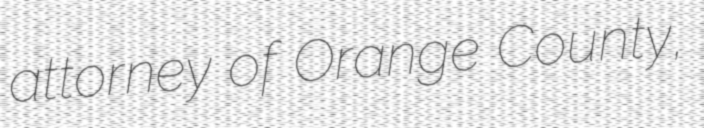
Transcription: attorney of Orange County,